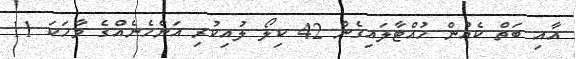
އާއި ބަތް ކެއުން ހުއްޓާލައިގެން 42 ކިލޯ ލުއިކުރި އަންހެނެއްގެ ވާހަކަ 11